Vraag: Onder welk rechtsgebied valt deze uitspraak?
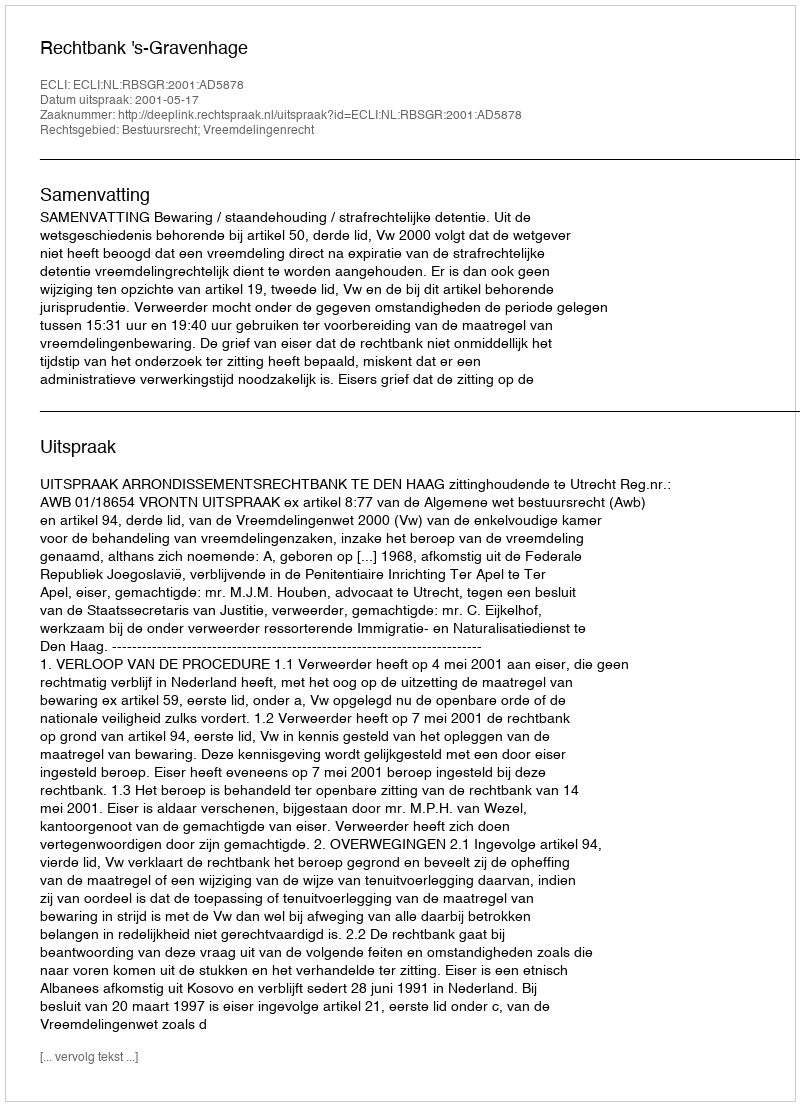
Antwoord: Bestuursrecht; Vreemdelingenrecht